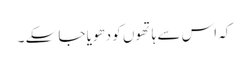
کہ اس سے ہاتھوں کو دھویا جا سکے ۔